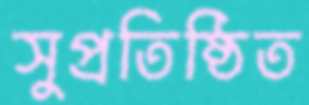
সুপ্রতিষ্ঠিত